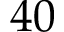
4 0